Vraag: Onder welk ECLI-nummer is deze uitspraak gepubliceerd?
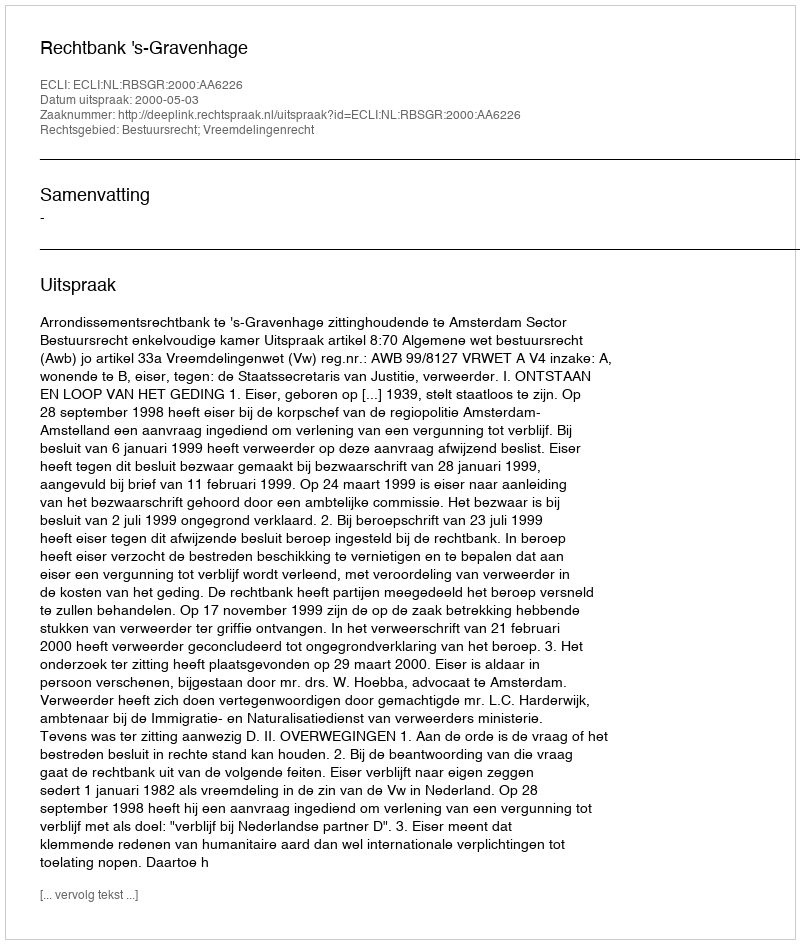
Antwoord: ECLI:NL:RBSGR:2000:AA6226